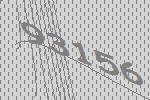
93156